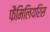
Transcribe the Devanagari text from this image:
फैमिलियरिस